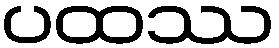
ပထဿ